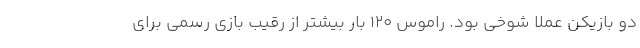
دو بازیکن عملاً شوخی بود. راموس 120 بار بیشتر از رقیب بازی رسمی برای